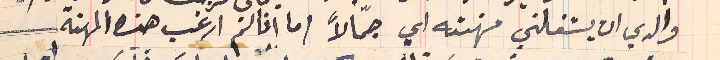
والدي ان يشغلني مهنته اي جمّالاً اما انا لم ارغب هذه المهنة